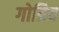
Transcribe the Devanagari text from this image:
गोत्रिय